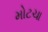
મોટચા